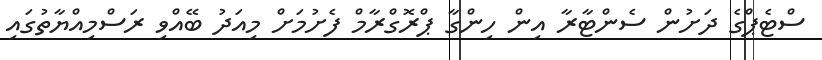
ސްޓެޕްގެ ދަށުން ސެންޓާރާ އިން ހިންގާ ޕްރޮގްރާމް ފެށުމަށް މިއަދު ބޭއްވި ރަސްމިއްޔާތުގައި